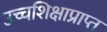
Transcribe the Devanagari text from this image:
उच्चशिक्षाप्राप्त